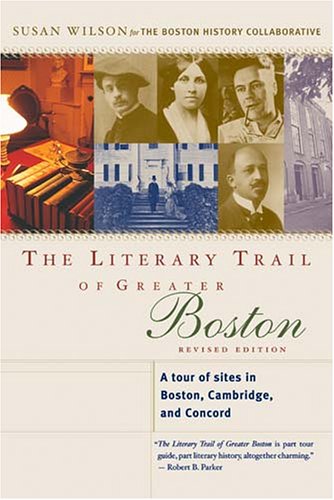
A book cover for The Literary Trail of Greater Boston: A Tour of Sites in Boston, Cambridge, and Concord, Revised Edition; Susan Wilson; Travel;